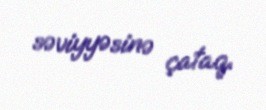
səviyyəsinə çataq.